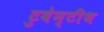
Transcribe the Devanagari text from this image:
टुवेन्टीथ